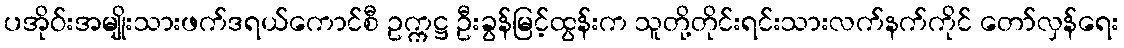
ပအိုဝ်းအမျိုးသားဖက်ဒရယ်ကောင်စီ ဥက္ကဋ္ဌ ဦးခွန်မြင့်ထွန်းက သူတို့တိုင်းရင်းသားလက်နက်ကိုင် တော်လှန်ရေး